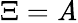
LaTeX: \Xi=\mathit{A}